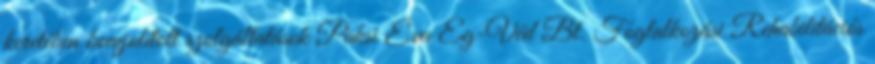
keretében bonyolított szolgáltatások Paksi Éva Eg-Véd Bt. Foglalkozási Rehabilitációs